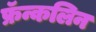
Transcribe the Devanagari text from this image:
फ्रॅन्कलिन